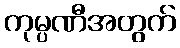
ကုမ္ပဏီအတွက်